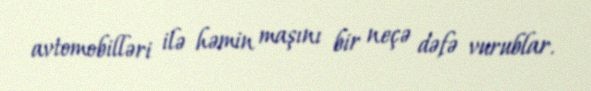
avtomobilləri ilə həmin maşını bir neçə dəfə vurublar.